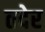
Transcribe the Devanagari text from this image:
तदेर